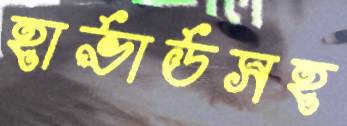
হার্ভার্ডসহ